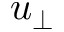
u _ { \perp }